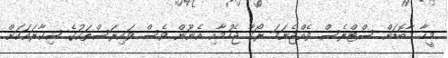
މީހާ މާބޮޑަށް ސްޓްރެސް ވެއްޖެނަމަ ރޯގާ ޖެހުމާއި އެނޫން ވެސް ވައިރަސްތަކުގެ ޝިކާރައަކަށް